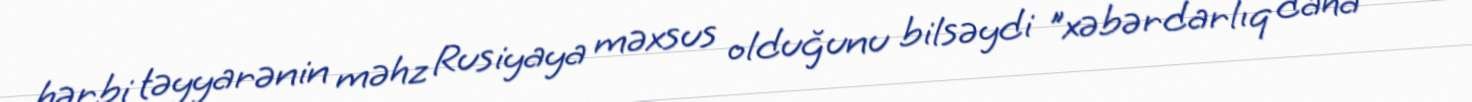
hərbi təyyarənin məhz Rusiyaya məxsus olduğunu bilsəydi "xəbərdarlıq daha uzun